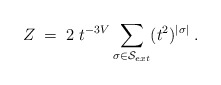
\begin{align*}Z \; = \; 2 \; t^{-3V} \sum_{\sigma \in {\cal S}_{ext} } (t^2)^{|\sigma|} \; .\end{align*}